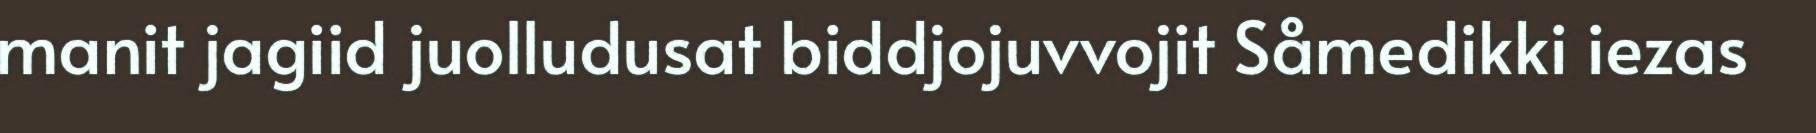
manit jagiid juolludusat biddjojuvvojit Såmedikki iezas